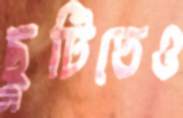
ছুটিতেও